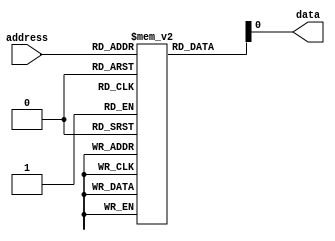
module MemoryBlocksFuseROM (
    input wire [7:0] address,
    output reg data
);

reg [7:0] memory [0:255]; // Define memory blocks with 256 rows and 8 bits per row

initial begin
    // Initialize the memory blocks with programmed values
    memory[0] = 8'b10101010;
    memory[1] = 8'b11001100;
    // Add more programmed values as needed
end

always @* begin
    // Read data from the memory blocks based on the input address
    data = memory[address];
end

endmodule